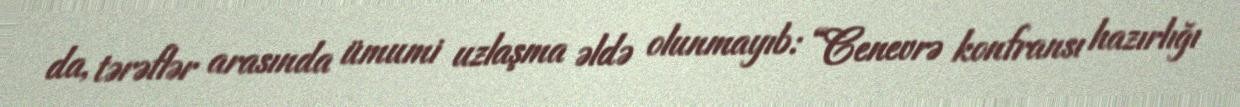
da, tərəflər arasında ümumi uzlaşma əldə olunmayıb: “Cenevrə konfransı hazırlığı